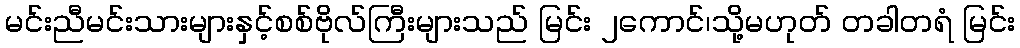
မင်းညီမင်းသားများနှင့်စစ်ဗိုလ်ကြီးများသည် မြင်း ၂ကောင်၊သို့မဟုတ် တခါတရံ မြင်း